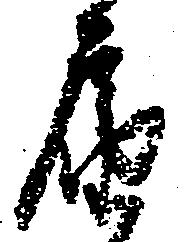
届